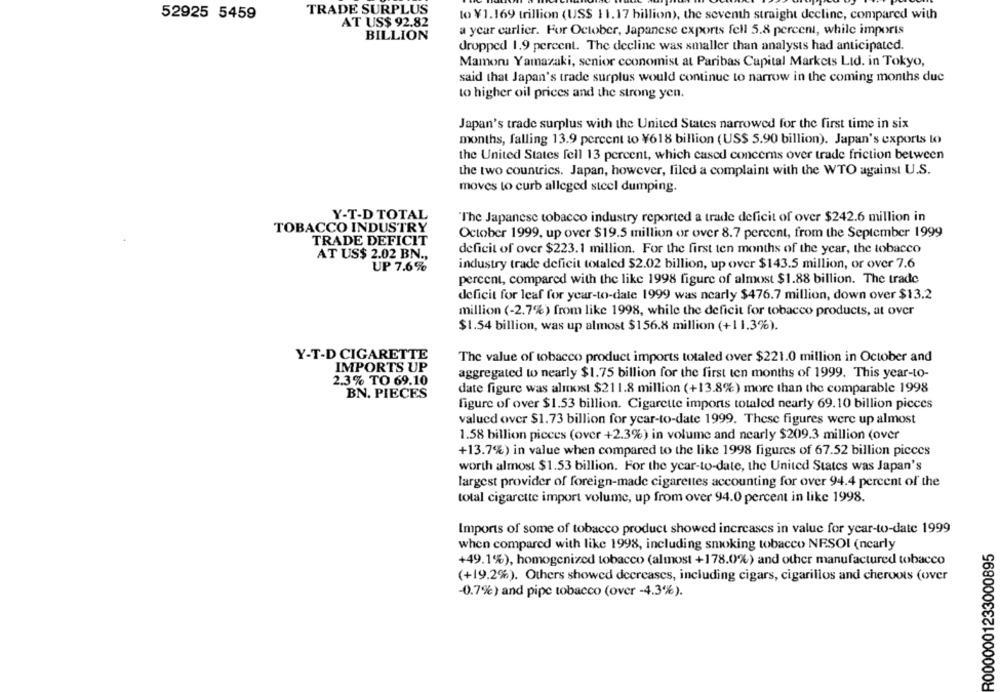
TRADE SURPLUS
52925 5459
to ¥1.169 trillion (US$ 11.17 billion), the seventh straight decline, compared with
AT US$ 92.82
a year carlier. For October, Japanese exports fell 5.8 percent, while imports
BILLION
dropped 1.9 percent. The decline was smaller than analysts had anticipated.
Mamoru Yamazaki, senior economist at Paribas Capital Markets Ltd. in Tokyo,
said that Japan's trade surplus would continue to narrow in the coming months due
to higher oil prices and the strong yen.
Japan's trade surplus with the United States narrowed for the first time in six
months, falling 13.9 percent to ¥618 billion (US$ 5.90 billion). Japan's exports to
the United States fell 13 percent, which cased concerns over trade friction between
the two countries. Japan, however, filed a complaint with the WTO against U.S.
moves to curb alleged steel dumping.
Y-T-D TOTAL
"The Japanese tobacco industry reported a trade deficit of over $242.6 million in
TOBACCO INDUSTRY
October 1999, up over $19.5 million or over 8.7 percent, from the September 1999
TRADE DEFICIT
AT US$ 2.02 BN .,
deficit of over $223.1 million. For the first ten months of the year, the tobacco
UP 7.6%
industry trade deficit totaled $2.02 billion, up over $143.5 million, or over 7.6
percent, compared with the like 1998 figure of almost $1.88 billion. The trade
deficit for leaf for year-to-date 1999 was nearly $476.7 million, down over $13.2
million (-2.7%) from like 1998, while the deficit for tobacco products, at over
$1.54 billion, was up almost $156.8 million (+11.3%).
Y-T-D CIGARETTE
The value of tobacco product imports totaled over $221.0 million in October and
IMPORTS UP
aggregated to nearly $1.75 billion for the first ten months of 1999. This year-to-
2.3% TO 69.10
BN. PIECES
date figure was almost $211.8 million (+13.8%) more than the comparable 1998
figure of over $1.53 billion. Cigarette imports totaled nearly 69.10 billion picces
valued over $1.73 billion for ycar-to-date 1999. These figures were up almost
1.58 billion pieces (over +2.3%) in volume and nearly $209.3 million (over
+13.7%) in value when compared to the like 1998 figures of 67.52 billion pieces
worth almost $1.53 billion. For the year-to-date, the United States was Japan's
largest provider of foreign-made cigarettes accounting for over 94.4 percent of the
total cigarette import volume, up from over 94.0 percent in like 1998.
Imports of some of tobacco product showed increases in value for year-to-date 1999
when compared with like 1998, including smoking tobacco NESOl (nearly
R0000001233000895
+49.1%), homogenized tobacco (almost +178.0%) and other manufactured tobacco
(+19.2%). Others showed decreases, including cigars, cigarillos and cheroots (over
-0.7%) and pipe tobacco (over -4.3%).